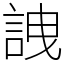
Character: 䛖